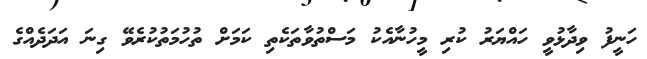
ހަނީފު ވިދާޅުވީ ހައްޔަރު ކުރި މީހުނާއެކު މަސްތުވާތަކެތި ކަމަށް ތުހުމަތުކުރެވޭ ގިނަ އަދަދެއްގެ